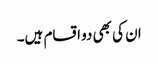
ان کی بھی دو اقسام ہیں۔